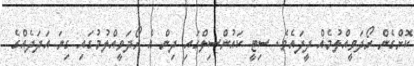
ކޮށްގެން ރޯދަވީއްލުމެއް ދީފައެވެ. ސިޓީ ކައުންސިލްގައި ދިން އެ ރޯދަވީއްލުމުގައި ގިނަ އަދަދެއްގެ